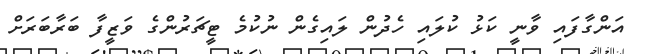
އަންގާފައި ވާނީ ކަޅު ކުލައި ހެދުން ލައިގެން ނުކުމެ ޓީޗަރުންގެ ވަޒީފާ ބަރާބަރަށް